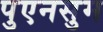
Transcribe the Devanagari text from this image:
पुएनसुम